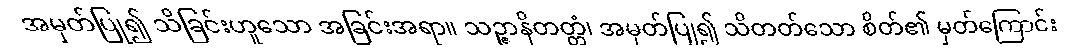
အမှတ်ပြု၍ သိခြင်းဟူသော အခြင်းအရာ။ သဉ္ဇာနိတတ္တံ၊ အမှတ်ပြု၍ သိတတ်သော စိတ်၏ မှတ်ကြောင်း